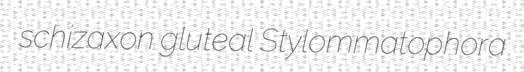
schizaxon gluteal Stylommatophora